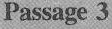
Passage 3